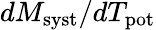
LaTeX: dM_{\mathrm{syst}}/dT_{\mathrm{pot}}